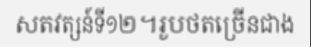
សតវត្សន៍ទី១២។រូបថតច្រើនជាង